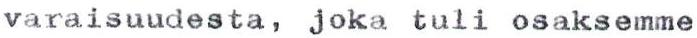
varaisuudesta, joka tuli osaksemme